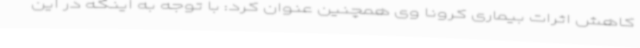
کاهش اثرات بیماری کرونا وی همچنین عنوان کرد: با توجه به اینکه در این